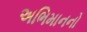
અભિમાનનો